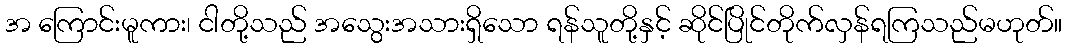
အ ကြောင်းမူကား၊ ငါတို့သည် အသွေးအသားရှိသော ရန်သူတို့နှင့် ဆိုင်ပြိုင်တိုက်လှန်ရကြသည်မဟုတ်။